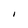
Character: I